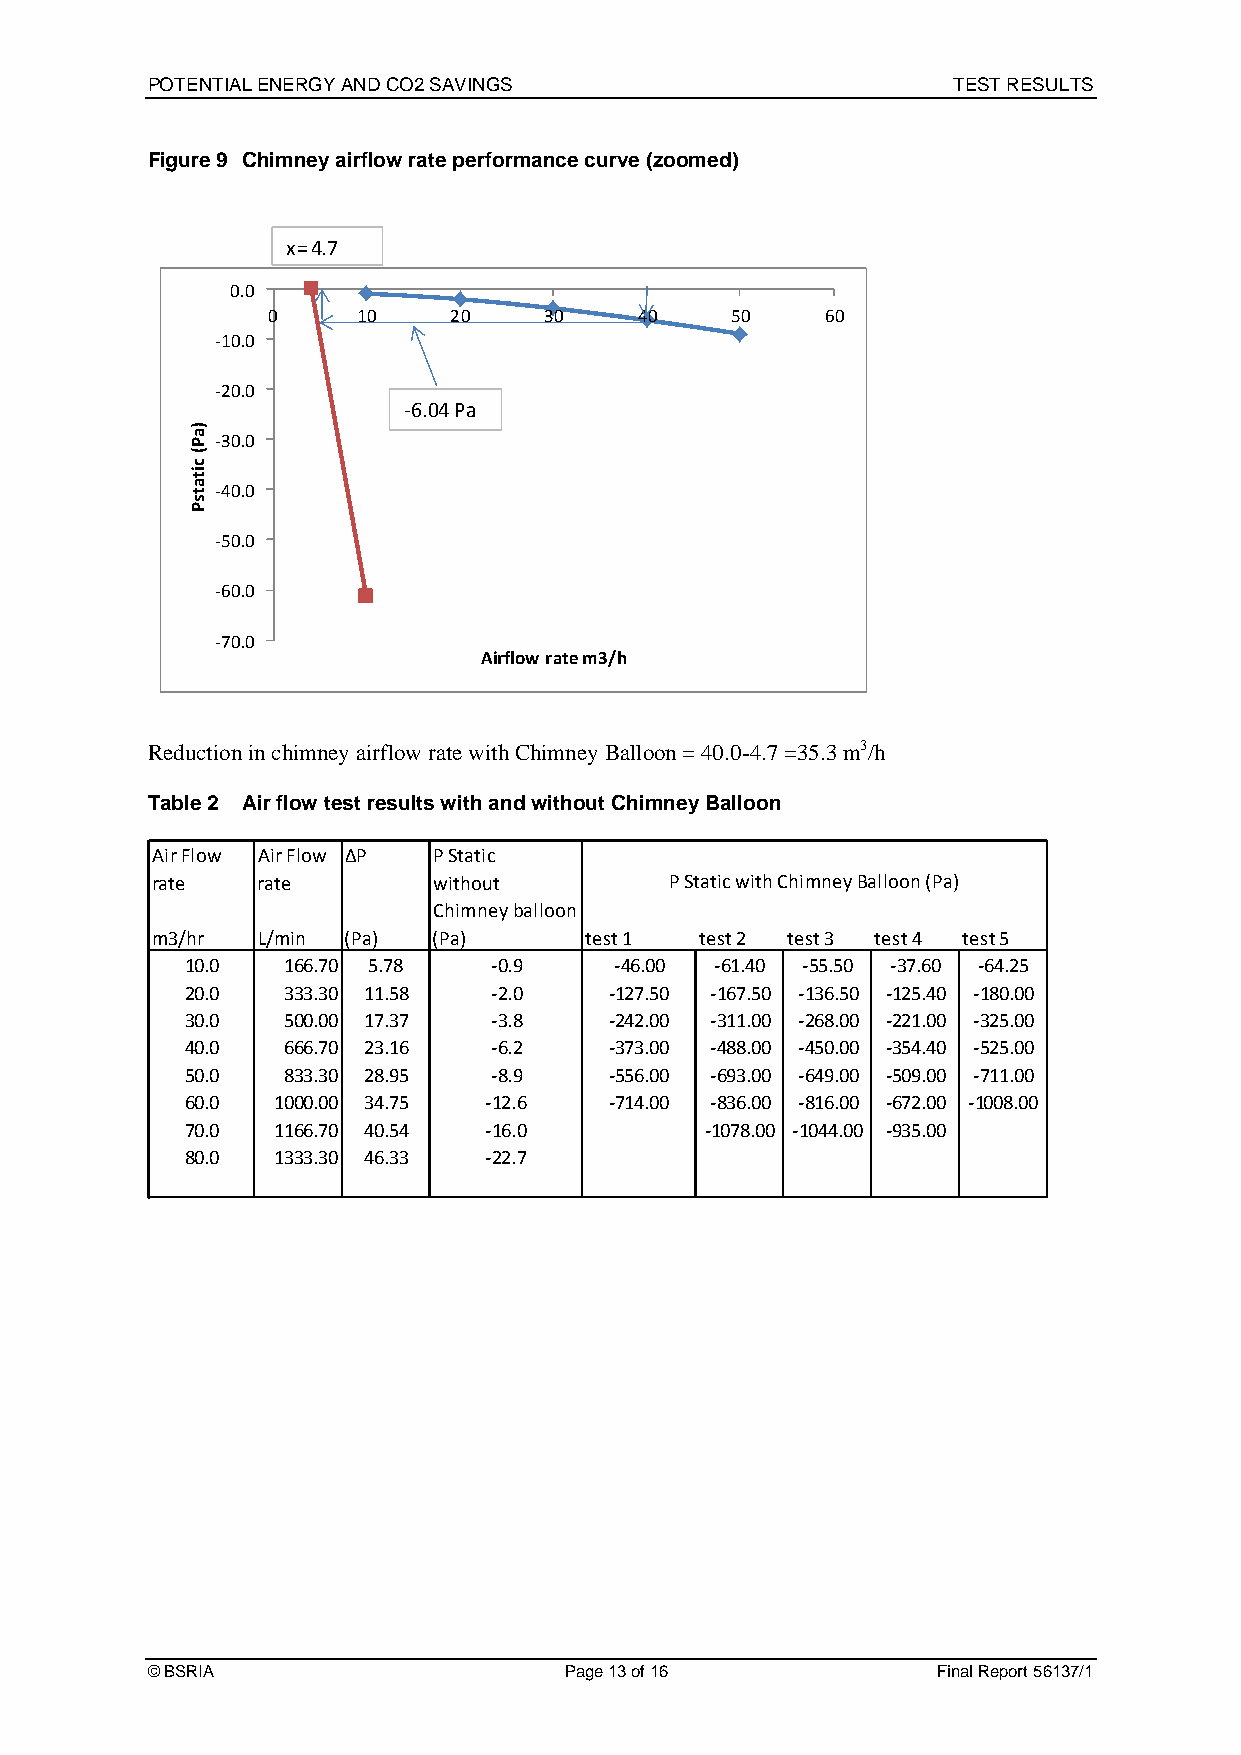
POTENTIAL ENERGY AND CO2 SAVINGS                     TEST RESULTS
 Figure 9 Chimney airflow rate performance curve (zoomed)
 x= 4.7
 0.0
 0     10    20    30    40    50     60
 ‐10.0
 ‐20.0
 ‐6.04 Pa
 ‐30.0
 ‐40.0
 ‐50.0
 ‐60.0
 ‐70.0
 Airflow rate m3/h
 Reduction in chimney airflow rate with Chimney Balloon = 40.0-4.7 =35.3 m3/h
 Table 2 Air flow test results with and without Chimney Balloon
 Air Flow Air Flow ∆P P Static
 rate   rate        without        P Static with Chimney Balloon (Pa)
 Chimney balloon
 m3/hr  L/min (Pa)  (Pa)      test 1 test 2 test 3 test 4 test 5
 10.0   166.70 5.78  ‐0.9     ‐46.00 ‐61.40 ‐55.50 ‐37.60 ‐64.25
 20.0   333.30 11.58 ‐2.0    ‐127.50 ‐167.50 ‐136.50 ‐125.40 ‐180.00
 30.0   500.00 17.37 ‐3.8    ‐242.00 ‐311.00 ‐268.00 ‐221.00 ‐325.00
 40.0   666.70 23.16 ‐6.2    ‐373.00 ‐488.00 ‐450.00 ‐354.40 ‐525.00
 50.0   833.30 28.95 ‐8.9    ‐556.00 ‐693.00 ‐649.00 ‐509.00 ‐711.00
 60.0  1000.00 34.75 ‐12.6   ‐714.00 ‐836.00 ‐816.00 ‐672.00 ‐1008.00
 70.0  1166.70 40.54 ‐16.0          ‐1078.00 ‐1044.00 ‐935.00
 80.0  1333.30 46.33 ‐22.7
 © BSRIA                    Page 13 of 16            Final Report 56137/1
 )aP(
 citatsP